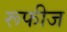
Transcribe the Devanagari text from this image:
रूफीज